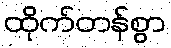
ထိုက်တန်စွာ